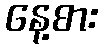
နေ့စား